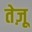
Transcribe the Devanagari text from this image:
तेज़ू